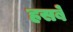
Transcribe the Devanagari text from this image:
हसबे